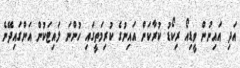
އަދި އައިނުން ވީޑިއޯ ރިކޯޑު ކުރާކަން އައިނުގެ ކުރިމަތީގައި ހުންނަ ލައިޓަކުން އަންގައިދޭނެ